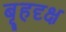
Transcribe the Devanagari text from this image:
बृ्हदृक्ष